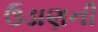
ઉડાણની